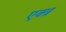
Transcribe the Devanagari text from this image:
एक्त्र